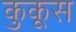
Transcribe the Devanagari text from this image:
कुकूस